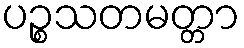
ပဉ္စသတမတ္တာ